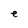
Character: e